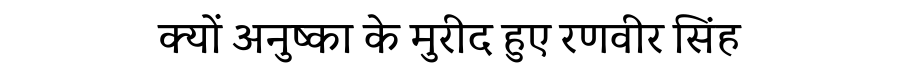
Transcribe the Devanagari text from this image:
क्यों अनुष्का के मुरीद हुए रणवीर सिंह